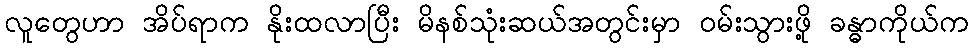
လူတွေဟာ အိပ်ရာက နိုးထလာပြီး မိနစ်သုံးဆယ်အတွင်းမှာ ဝမ်းသွားဖို့ ခန္ဓာကိုယ်က